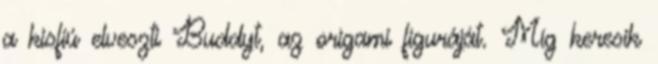
a kisfiú elveszti Buddyt, az origami figuráját. Míg keresik